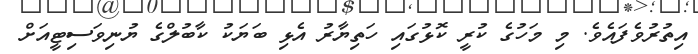
އިތުރުވެފައެވެ. މި މަހުގެ ކުރީ ކޮޅުގައި ހަތިޔާރު އެޅި ބަޔަކު ކާބުލްގެ ޔުނިވަސިޓީއަށް